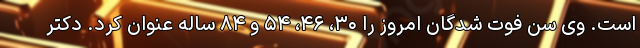
است. وی سن فوت شدگان امروز را ۳۰، ۴۶، ۵۴ و ۸۴ ساله عنوان کرد. دکتر